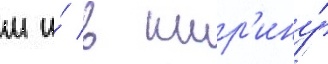
м и́ в шир'ину́